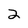
Character: 2